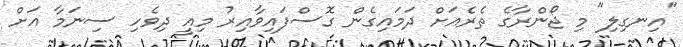
"އިނގިލި" މި ޖޯންރާގެ ތެރެއަށް ދަމައިގެން ގޮސްފައިވާއިރު މިއީ ދިވެހި ސިނަމާ އަށް